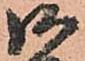
御